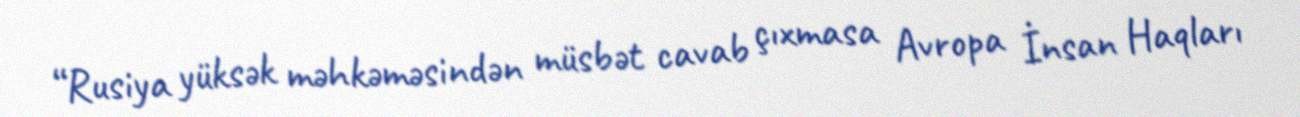
“Rusiya yüksək məhkəməsindən müsbət cavab çıxmasa Avropa İnsan Haqları